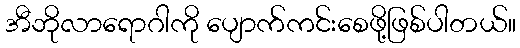
အီဘိုလာရောဂါကို ပျောက်ကင်းစေဖို့ဖြစ်ပါတယ်။